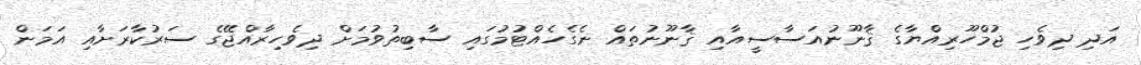
އަދި ދިވެހި ޖުމްހޫރިއްޔާގެ ޤާނޫނުއަސާސީއާއި ޤާނޫނުތައް ނެގެހެއްޓުމުގައި ސާބިތުވުމަށް ދިވެހިރާއްޖޭގެ ސަރުކާރަށާއި އަމަން